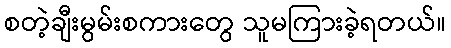
စတဲ့ချီးမွမ်းစကားတွေ သူမကြားခဲ့ရတယ်။